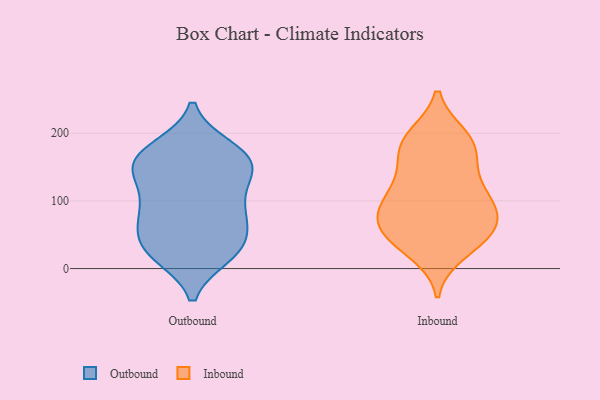
{"axis": {"x": "Operating Costs (USD K)", "y": "Value"}, "legend": ["Inbound", "Outbound"], "data": [{"x": "", "y": 32, "type": "Outbound"}, {"x": "", "y": 71, "type": "Outbound"}, {"x": "", "y": 151, "type": "Outbound"}, {"x": "", "y": 84, "type": "Outbound"}, {"x": "", "y": 173, "type": "Outbound"}, {"x": "", "y": 115, "type": "Outbound"}, {"x": "", "y": 88, "type": "Outbound"}, {"x": "", "y": 26, "type": "Outbound"}, {"x": "", "y": 178, "type": "Outbound"}, {"x": "", "y": 171, "type": "Outbound"}, {"x": "", "y": 148, "type": "Outbound"}, {"x": "", "y": 59, "type": "Outbound"}, {"x": "", "y": 160, "type": "Outbound"}, {"x": "", "y": 37, "type": "Outbound"}, {"x": "", "y": 87, "type": "Outbound"}, {"x": "", "y": 21, "type": "Outbound"}, {"x": "", "y": 146, "type": "Outbound"}, {"x": "", "y": 20, "type": "Outbound"}, {"x": "", "y": 139, "type": "Outbound"}, {"x": "", "y": 58, "type": "Inbound"}, {"x": "", "y": 99, "type": "Inbound"}, {"x": "", "y": 84, "type": "Inbound"}, {"x": "", "y": 40, "type": "Inbound"}, {"x": "", "y": 141, "type": "Inbound"}, {"x": "", "y": 82, "type": "Inbound"}, {"x": "", "y": 24, "type": "Inbound"}, {"x": "", "y": 98, "type": "Inbound"}, {"x": "", "y": 187, "type": "Inbound"}, {"x": "", "y": 41, "type": "Inbound"}, {"x": "", "y": 195, "type": "Inbound"}, {"x": "", "y": 173, "type": "Inbound"}, {"x": "", "y": 67, "type": "Inbound"}, {"x": "", "y": 76, "type": "Inbound"}, {"x": "", "y": 118, "type": "Inbound"}, {"x": "", "y": 175, "type": "Inbound"}, {"x": "", "y": 48, "type": "Inbound"}, {"x": "", "y": 193, "type": "Inbound"}, {"x": "", "y": 128, "type": "Inbound"}]}